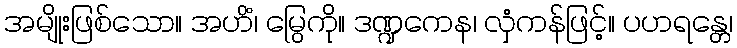
အမျိုးဖြစ်သော။ အဟိံ၊ မြွေကို။ ဒဏ္ဍကေန၊ လှံကန်ဖြင့်။ ပဟရန္တေ၊